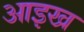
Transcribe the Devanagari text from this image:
आइख